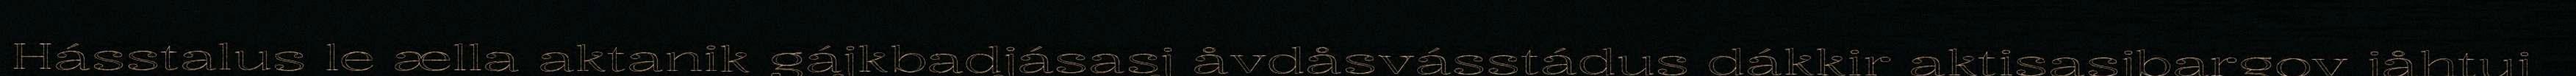
Hásstalus le ælla aktanik gájkbadjásasj åvdåsvásstádus dákkir aktisasjbargov jåhtuj